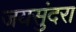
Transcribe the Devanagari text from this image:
जयसुंदरा